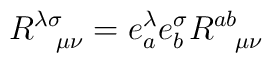
R^{\lambda\sigma}_{\ \ \mu\nu} = e^\lambda_a e^\sigma_b R^{ab}_{\ \ \mu\nu}